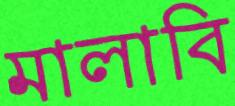
মালাবি